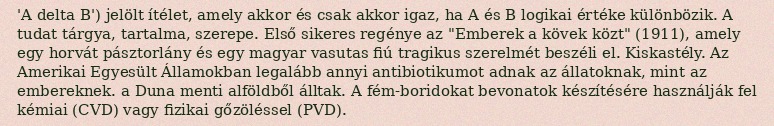
'A delta B') jelölt ítélet, amely akkor és csak akkor igaz, ha A és B logikai értéke különbözik. A tudat tárgya, tartalma, szerepe. Első sikeres regénye az "Emberek a kövek közt" (1911), amely egy horvát pásztorlány és egy magyar vasutas fiú tragikus szerelmét beszéli el. Kiskastély. Az Amerikai Egyesült Államokban legalább annyi antibiotikumot adnak az állatoknak, mint az embereknek. a Duna menti alföldből álltak. A fém-boridokat bevonatok készítésére használják fel kémiai (CVD) vagy fizikai gőzöléssel (PVD).